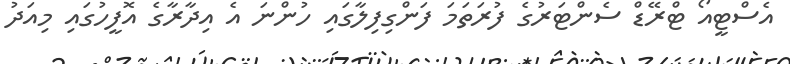
އެސްޓީއޯ ޓްރޭޑް ސެންޓަރުގެ ފުރަތަމަ ފަންގިފިލާގައި ހުންނަ އެ އިދާރާގެ އޮފީހުގައި މިއަދު